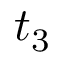
t _ { 3 }